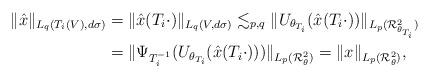
LaTeX: \begin{align*} \|\hat{x}\|_{L_q(T_i(V),d\sigma)}&=\|\hat{x}(T_i\cdot)\|_{L_q(V,d\sigma)}\lesssim_{p,q}\|U_{\theta_{T_i}}(\hat{x}(T_i\cdot))\|_{L_p(\mathcal{R}_{\theta_{T_i}}^2)}\\ &=\|\Psi_{T_i^{-1}}(U_{\theta_{T_i}}(\hat{x}(T_i\cdot)))\|_{L_p(\mathcal{R}_{\theta}^2)}=\|x\|_{L_p(\mathcal{R}_{\theta}^2)}, \end{align*}